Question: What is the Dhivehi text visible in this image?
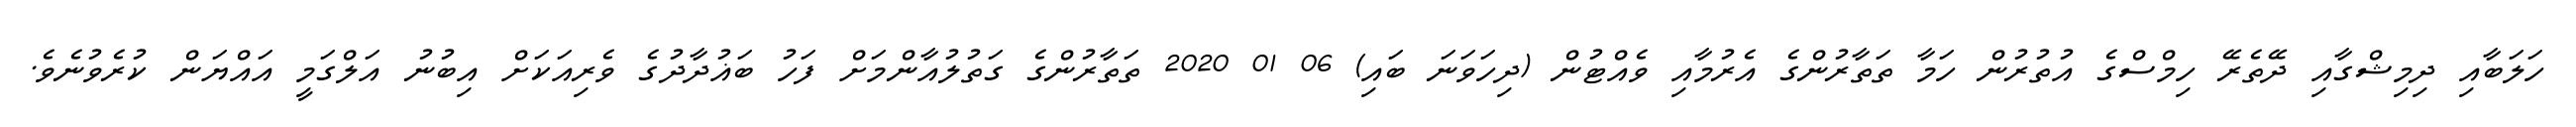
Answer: ހަލަބާއި ދިމިޝްގާއި ދޭތެރޭ ހިމްސްގެ އުތުރުން ހަމާ ތަތާރުންގެ އެރުމާއި ވެއްޓުން (ދިހަވަނަ ބައި) 06 01 2020 ތަތާރުންގެ ގަތުލުއާންމަށް ފަހު ބަޣުދާދުގެ ވެރިއަކަށް އިބުނު އަލްގަމީ އައްޔަން ކުރެވުނެވެ.